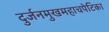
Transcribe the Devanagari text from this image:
दुर्जनमुखमहाचपेटिका